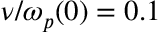
\nu / \omega _ { p } ( 0 ) = 0 . 1